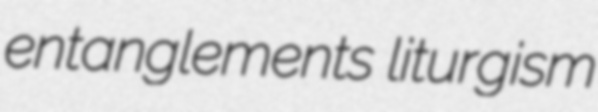
entanglements liturgism